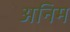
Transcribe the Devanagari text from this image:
अनिम